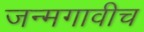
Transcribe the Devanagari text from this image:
जन्मगावीच